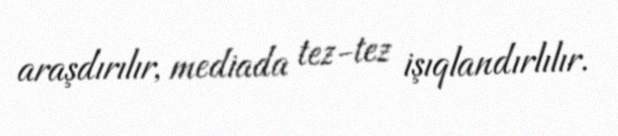
araşdırılır, mediada tez-tez işıqlandırlılır.